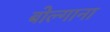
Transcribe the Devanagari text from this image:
बोल्गाना